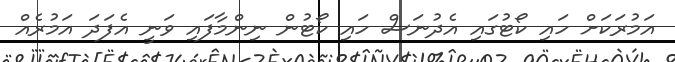
އަމުރަކަށް ހައި ކޯޓުގައި އެދުނަސް ހައި ކޯޓުން ނިންމާފައި ވަނީ އެފަދަ އަމުރެއް